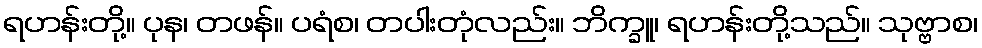
ရဟန်းတို့။ ပုန၊ တဖန်။ ပရံစ၊ တပါးတုံလည်း။ ဘိက္ခူ၊ ရဟန်းတို့သည်။ သုဗ္ဗာစ၊